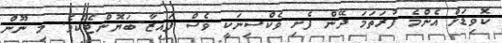
ކޮވިޑަށް އެންމެ ފުރަތަމަ ދޭން ފެށި ވެކްސިނަކީ ވެސް ފައިޒާ-ބަޔޮންޓެކެވެ. މި ނޫން